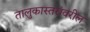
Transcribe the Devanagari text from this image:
तालुकास्तरांवरील